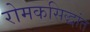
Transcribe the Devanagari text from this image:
रोमकसिद्धांत